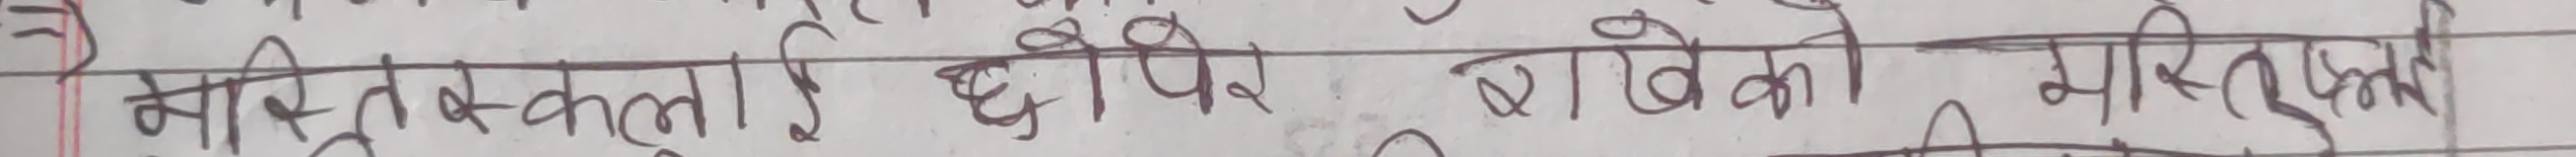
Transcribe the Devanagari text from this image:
मस्तित्वलाई छोपेर राखेको वास्तविक